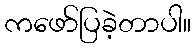
ကဖော်ပြခဲ့တာပါ။